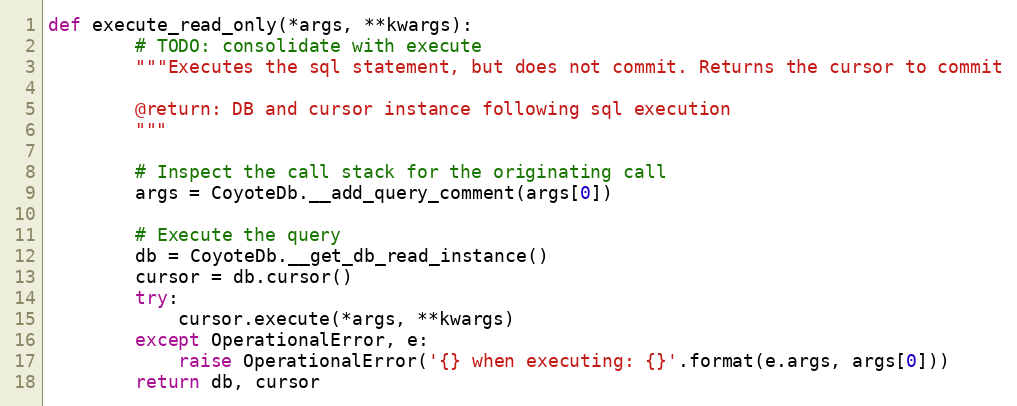
Language: Python
def execute_read_only(*args, **kwargs):
        # TODO: consolidate with execute
        """Executes the sql statement, but does not commit. Returns the cursor to commit

        @return: DB and cursor instance following sql execution
        """

        # Inspect the call stack for the originating call
        args = CoyoteDb.__add_query_comment(args[0])

        # Execute the query
        db = CoyoteDb.__get_db_read_instance()
        cursor = db.cursor()
        try:
            cursor.execute(*args, **kwargs)
        except OperationalError, e:
            raise OperationalError('{} when executing: {}'.format(e.args, args[0]))
        return db, cursor